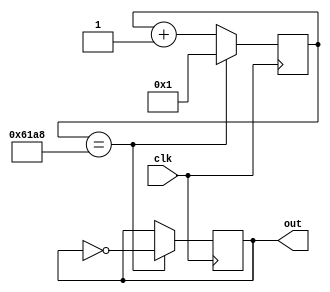
module blink(clk, out);

    input clk;
    reg [14:0] count;
    output reg out;

    initial count = 15'b0;
    initial out = 1'b0;

    always @(posedge clk) begin 
        count <=  count + 1'b1;

        if(count == 25000) begin
            out <=   ~out;
            count <=   15'b1;
        end
    end

endmodule